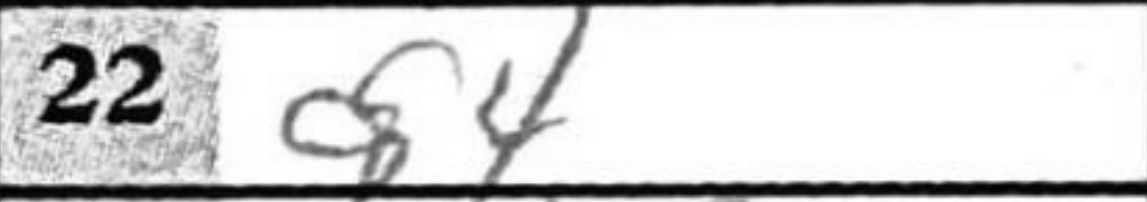
Transcription: d4